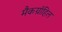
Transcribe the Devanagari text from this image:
मैकग्रॉहिल